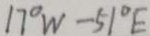
1 7 ^ { \circ } W - 5 1 ^ { \circ } E